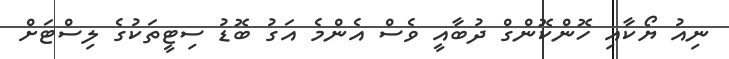
ނިއު ޔޯކާއި ހޮންކޮންގް ދުބާއީ ވެސް އެންމެ އަގު ބޮޑު ސިޓީތަކުގެ ލިސްޓަށް